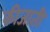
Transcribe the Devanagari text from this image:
कीजाती